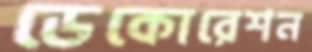
ডেকোরেশন